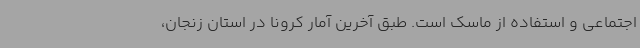
اجتماعی و استفاده از ماسک است. طبق آخرین آمار کرونا در استان زنجان،